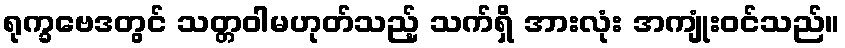
ရုက္ခဗေဒတွင် သတ္တဝါမဟုတ်သည့် သက်ရှိ အားလုံး အကျုံးဝင်သည်။